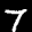
Label: 7